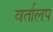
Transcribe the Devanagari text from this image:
वर्तालप